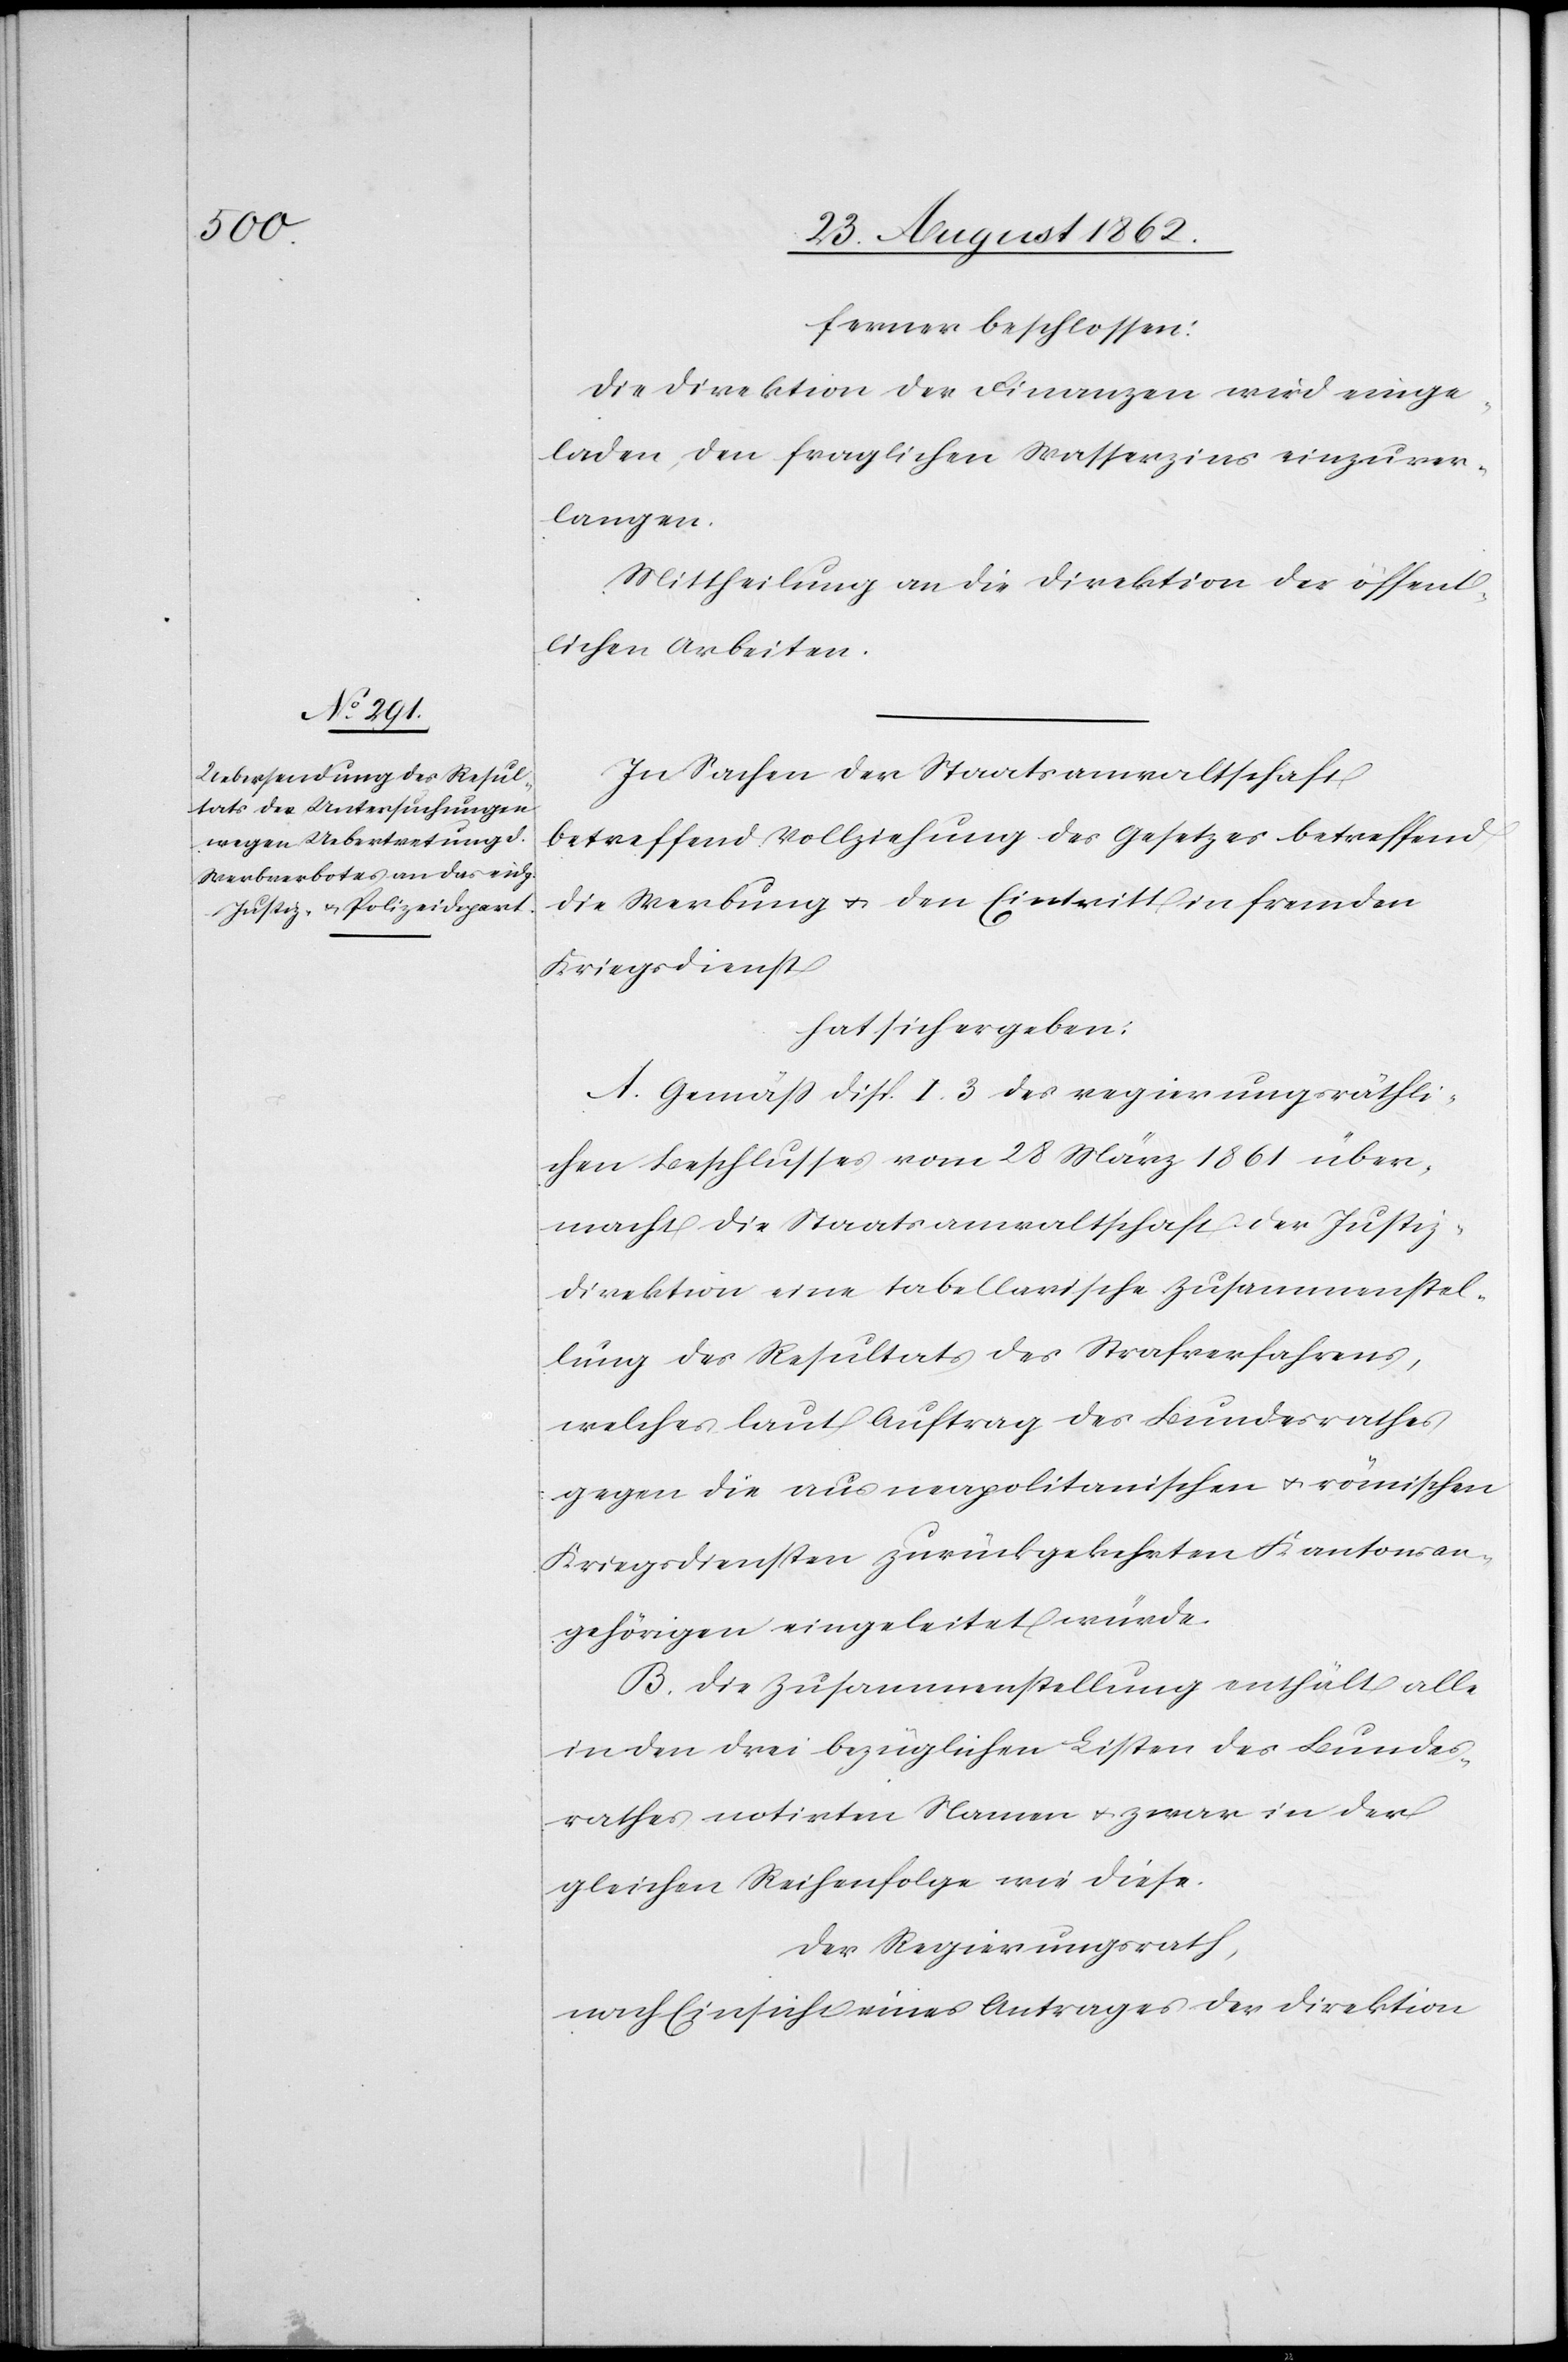
ferner beschlossen:
Die Direktion der Finanzen wird einge¬
laden, den fraglichen Wasserzins einzuver¬
langen.
Mittheilung an die Direktion der öffent¬
lichen Arbeiten.
In Sachen der Staatsanwaltschaft,
betreffend Vollziehung des Gesetzes betreffend
die Werbung u. den Eintritt in fremden
Kriegsdienst
hat sich ergeben:
A. Gemäß Disp. I. 3 des regierungsräthli¬
chen Beschlusses vom 28. März 1861 über¬
macht die Staatsanwaltschaft der Justiz¬
direktion eine tabellarische Zusammenstel¬
lung des Resultats des Strafverfahrens,
welches laut Auftrag des Bundesrathes
gegen die aus neapolitanischen u. römischen
Kriegsdiensten zurückgekehrten Kantonsan¬
gehörigen eingeleitet würde.
B. Die Zusammenstellung enthält alle
in den drei bezüglichen Listen des Bundes¬
rathes notirten Namen u. zwar in der
gleichen Reihenfolge wie diese.
Der Regierungsrath,
nach Einsicht eines Antrages der Direktion